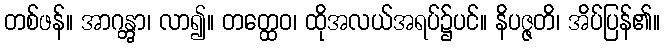
တစ်ဖန်။ အာဂန္တွာ၊ လာ၍။ တတ္ထေဝ၊ ထိုအလယ်အရပ်၌ပင်။ နိပဇ္ဇတိ၊ အိပ်ပြန်၏။